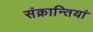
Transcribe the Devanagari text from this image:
संक्रान्तियां